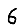
Digit: 6